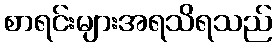
စာရင်းများအရသိရသည်